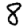
Digit: 8